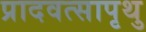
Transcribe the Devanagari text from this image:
प्रादवत्सापृथु